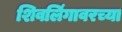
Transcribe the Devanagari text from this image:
शिवलिंगावरच्या